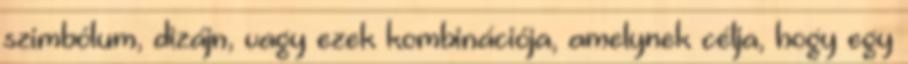
szimbólum, dizájn, vagy ezek kombinációja, amelynek célja, hogy egy